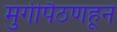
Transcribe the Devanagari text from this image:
मुंगीपैठणहून